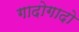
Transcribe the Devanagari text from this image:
गादोगादो